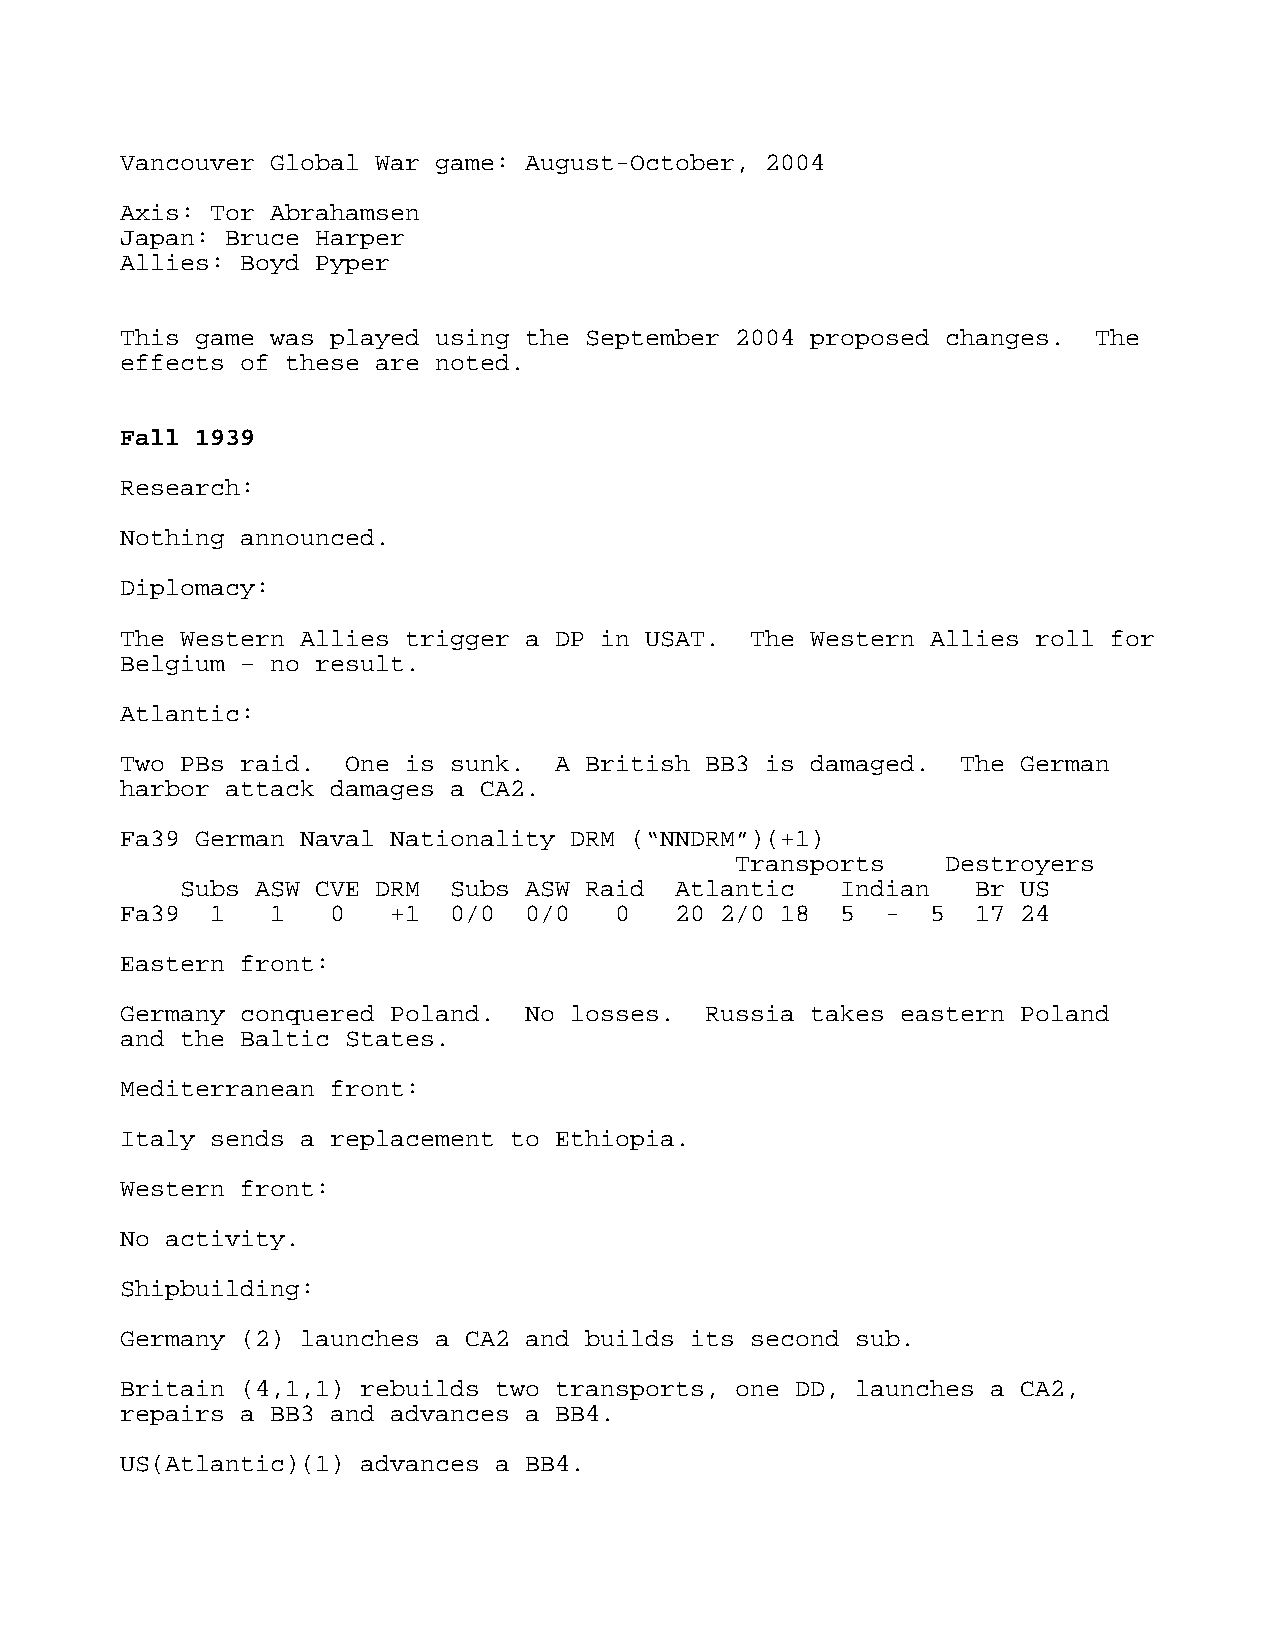
Vancouver Global War game: August-October, 2004
 Axis: Tor Abrahamsen
 Japan: Bruce Harper
 Allies: Boyd Pyper
 This game was played using the September 2004 proposed changes. The
 effects of these are noted.
 Fall 1939
 Research:
 Nothing announced.
 Diplomacy:
 The Western Allies trigger a DP in USAT.  The Western Allies roll for
 Belgium – no result.
 Atlantic:
 Two PBs raid.  One is sunk.  A British BB3 is damaged.  The German
 harbor attack damages a CA2.
 Fa39 German Naval Nationality DRM (“NNDRM”)(+1)
 Transports    Destroyers
 Subs ASW CVE DRM  Subs ASW Raid  Atlantic   Indian   Br US
 Fa39  1   1   0   +1  0/0  0/0   0   20 2/0 18  5  -  5  17 24
 Eastern front:
 Germany conquered Poland.  No losses.  Russia takes eastern Poland
 and the Baltic States.
 Mediterranean front:
 Italy sends a replacement to Ethiopia.
 Western front:
 No activity.
 Shipbuilding:
 Germany (2) launches a CA2 and builds its second sub.
 Britain (4,1,1) rebuilds two transports, one DD, launches a CA2,
 repairs a BB3 and advances a BB4.
 US(Atlantic)(1) advances a BB4.